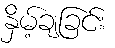
နှိမ့်ချခြင်း